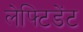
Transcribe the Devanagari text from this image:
लेफ्टिडेंट